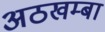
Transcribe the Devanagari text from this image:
अठखम्बा